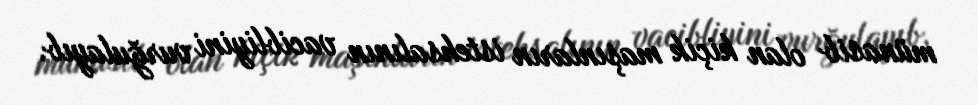
münasib olan kiçik maşınların istehsalının vacibliyini vurğulayıb.